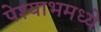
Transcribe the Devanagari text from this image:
पेश्याभमध्ये